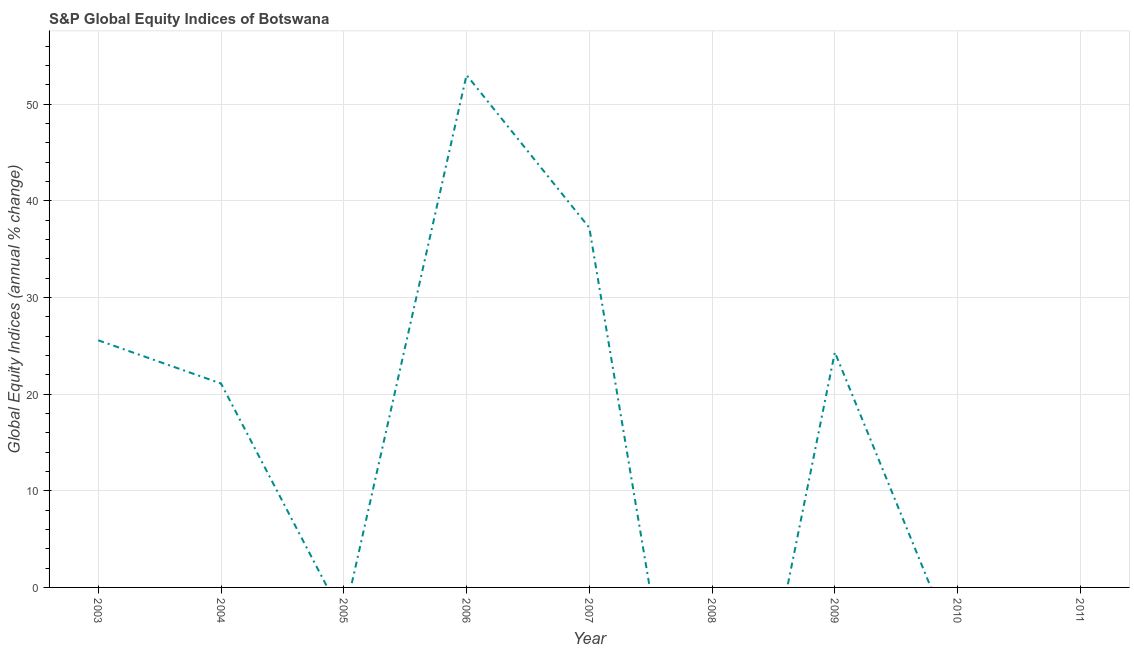
| Year | S&P Global Equity Indices |
 | --- | --- |
 | 2003 | 25.6 |
 | 2004 | 21.1 |
 | 2005 | -3.24 |
 | 2006 | 53 |
 | 2007 | 37.2 |
 | 2008 | -38.4 |
 | 2009 | 24.3 |
 | 2010 | -6.77 |
 | 2011 | -7.48 |